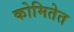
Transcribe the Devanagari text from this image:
कोमितेत